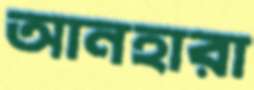
আনহারা